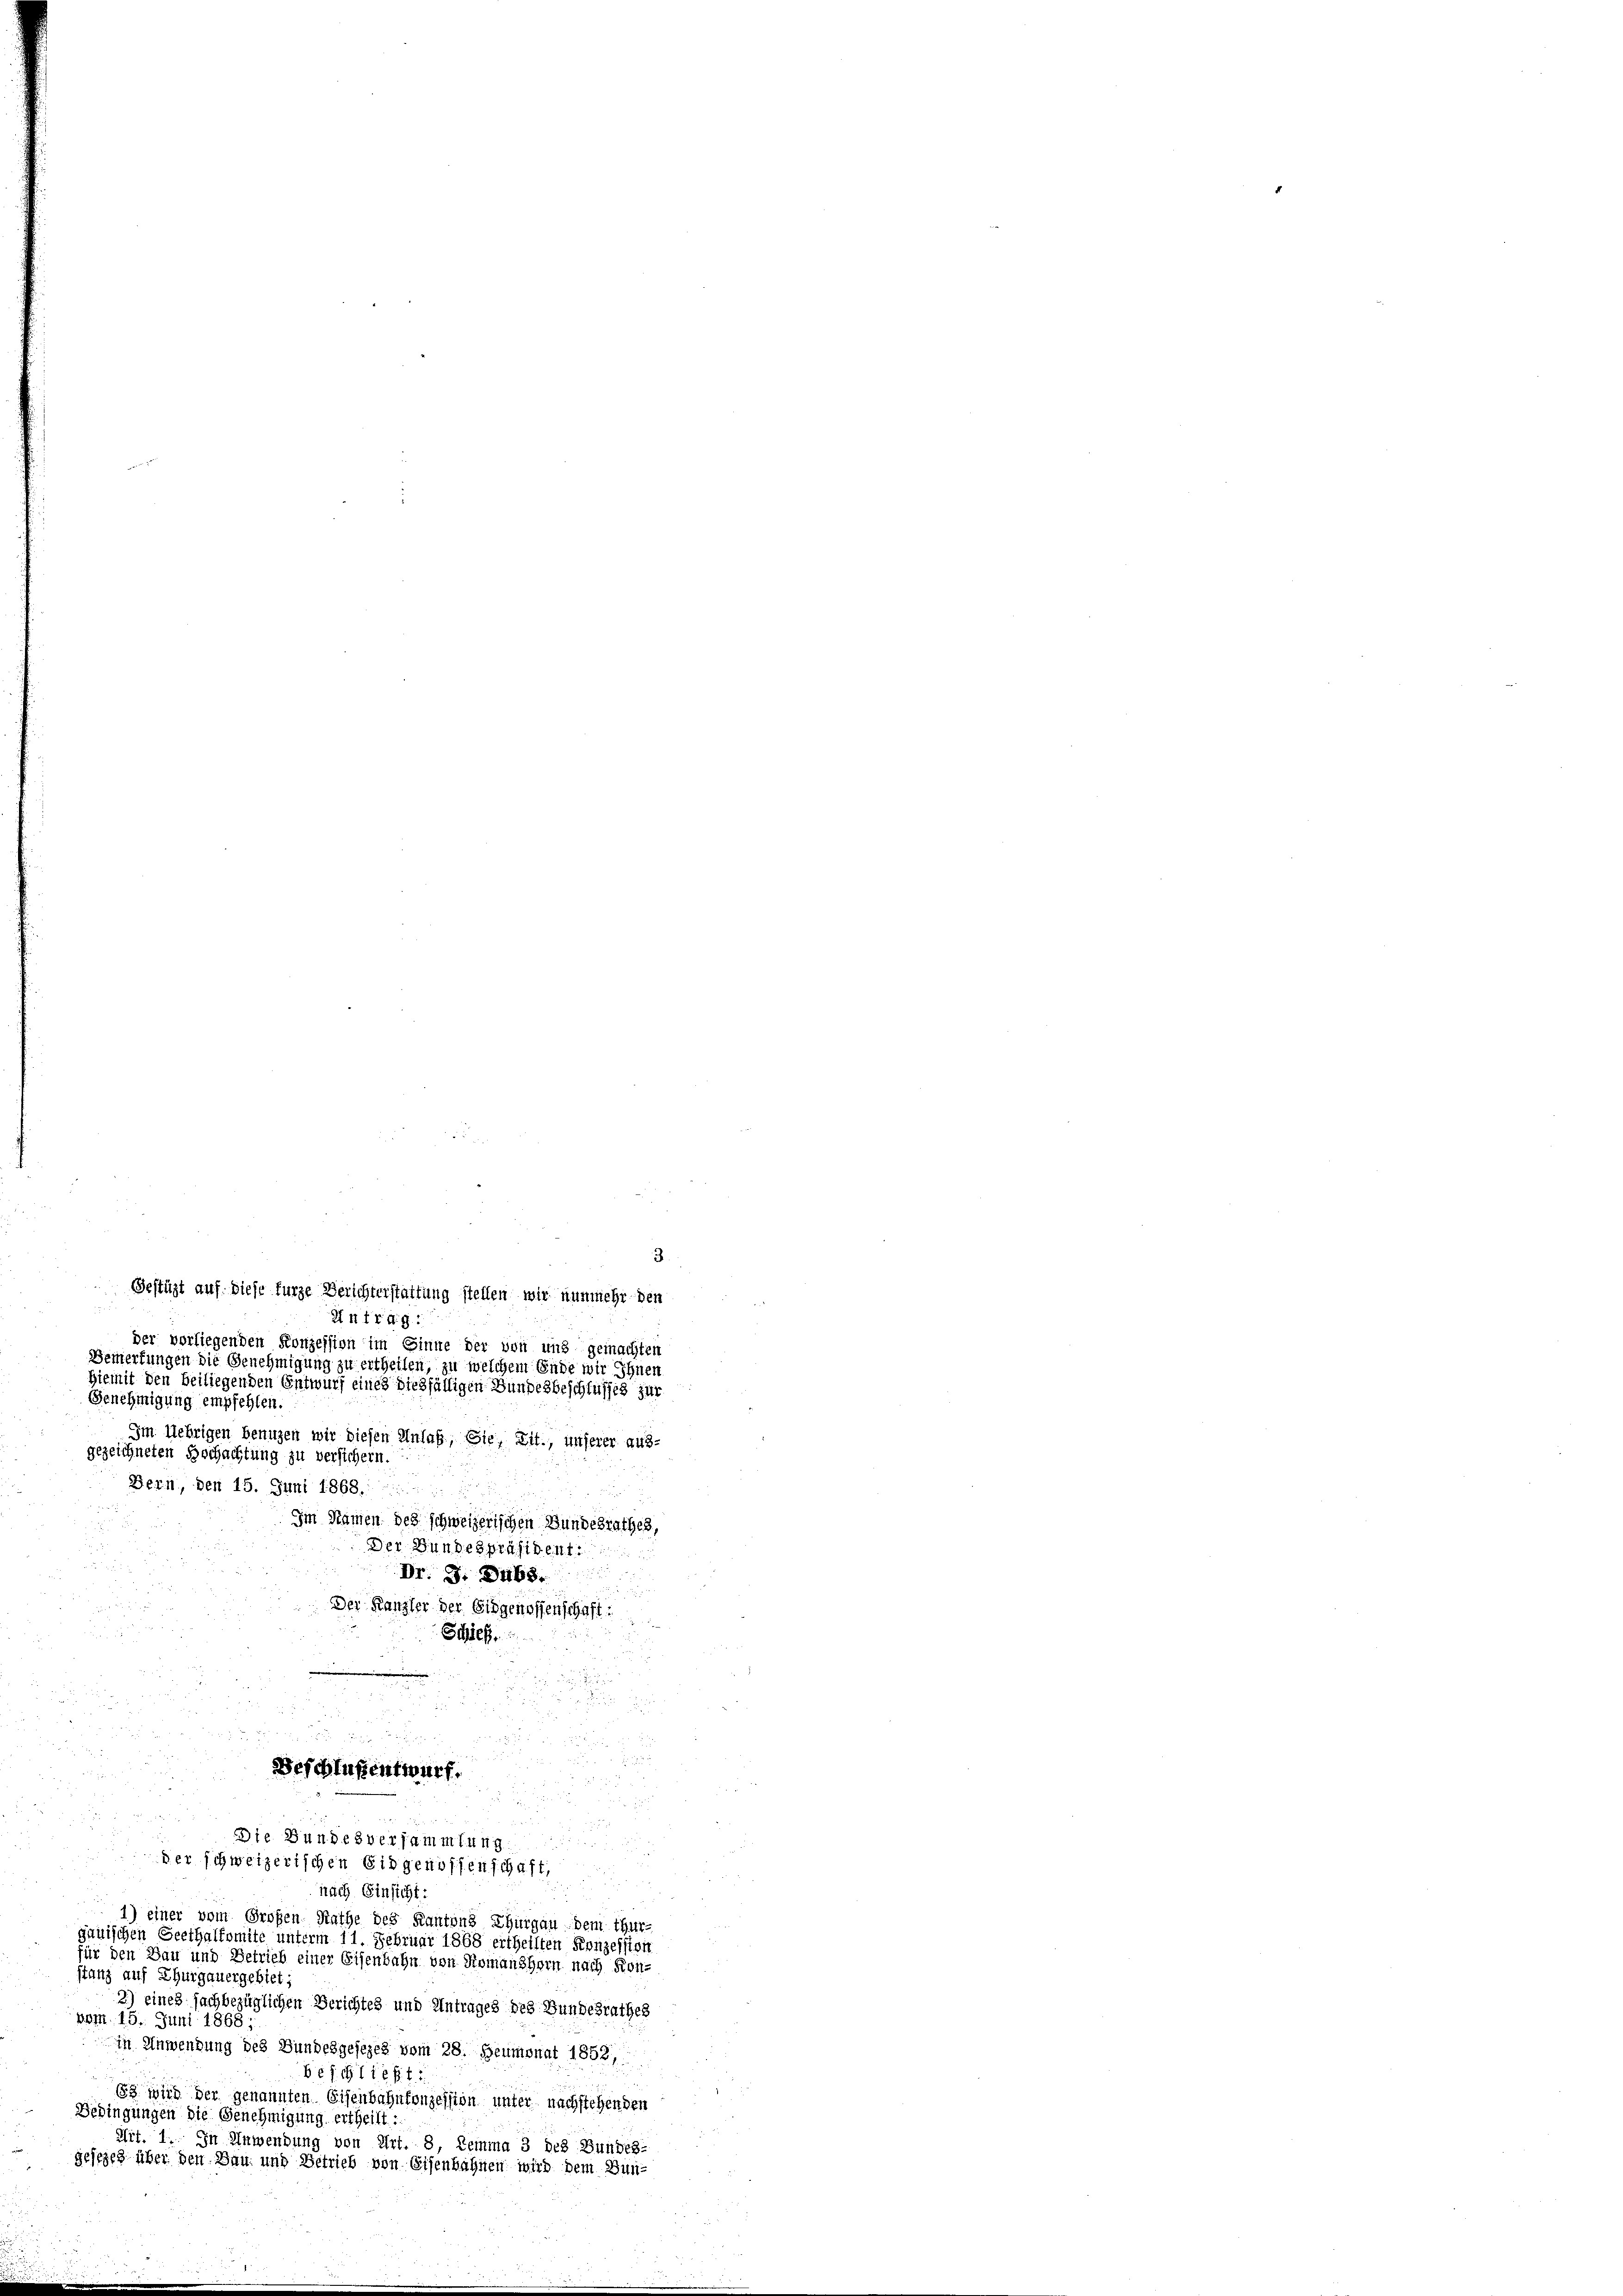
Gestüzt auf diese furze Berichterstattung stellen wir nunmehr den
Antrag:
der vorliegenden Konzession im Sinne der von und gemachten
Bemerkungen die Genehmigung zu ertheilen, zu welchem Ende wir Ihnen
Hiemit den beiliegenden Entwurf eines dießfälligen Bundesbeschlusses zur
Genehmigung empfehlen.
Im Uebrigen benuzen wir diesen Anlaß, Sie, Lit., unserer aus-
gezeichneten Hochachtung zu versichern.
Bern, den 15. Juni 1868.
Im Namen des schweizerischen Bundesrathes,
Der Bundespräsident.
Dr. S. 3468.
u
i
Der Kanzler der Eidgenossenschaft:

Schief

4

u

Beschlüssentwurf.
85
2

3
Die Bundesversammlung

der schweizerischen Eidgenossenschaft,
nach Einsicht:
1) einer vom Großen Rathe des Kantons Thurgau dem Thur-

2
.
ganischen Geethaltomite unterm 11. Februar 1868 ertheilten Konzession
für den Bau und Betrieb einer Eisenbahn von Romanshorn nach Kon-
stanz auf Thurgauergebiet;
2) eines sachbezüglichen Berichtes und Antrages des Bundesrathes
bom. 15. Juni 1868;
in Anwendung des Bundesgesezes vom 28. Heumonat 1852,
beschließt
83 wird der genannten Eisenbahnkonzession unter nachstehenden
Bedingungen die Genehmigung ertheilt:
Art. 1. In Anwendung von Art. 8, Lemma 3 des Bundes-
gesezes über den Bau und Betrieb von Eisenbahnen wird dem Bun¬

3